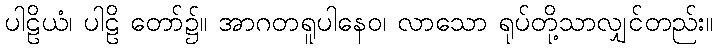
ပါဠိယံ၊ ပါဠိ တော်၌။ အာဂတရူပါနေဝ၊ လာသော ရုပ်တို့သာလျှင်တည်း။